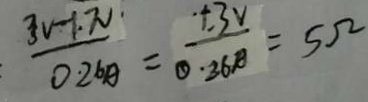
\frac { 3 v - 1 . 7 x } { 0 . 2 4 A } = \frac { 1 . 3 V } { 0 . 2 6 A } = 5 \Omega